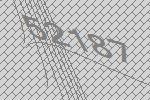
52187